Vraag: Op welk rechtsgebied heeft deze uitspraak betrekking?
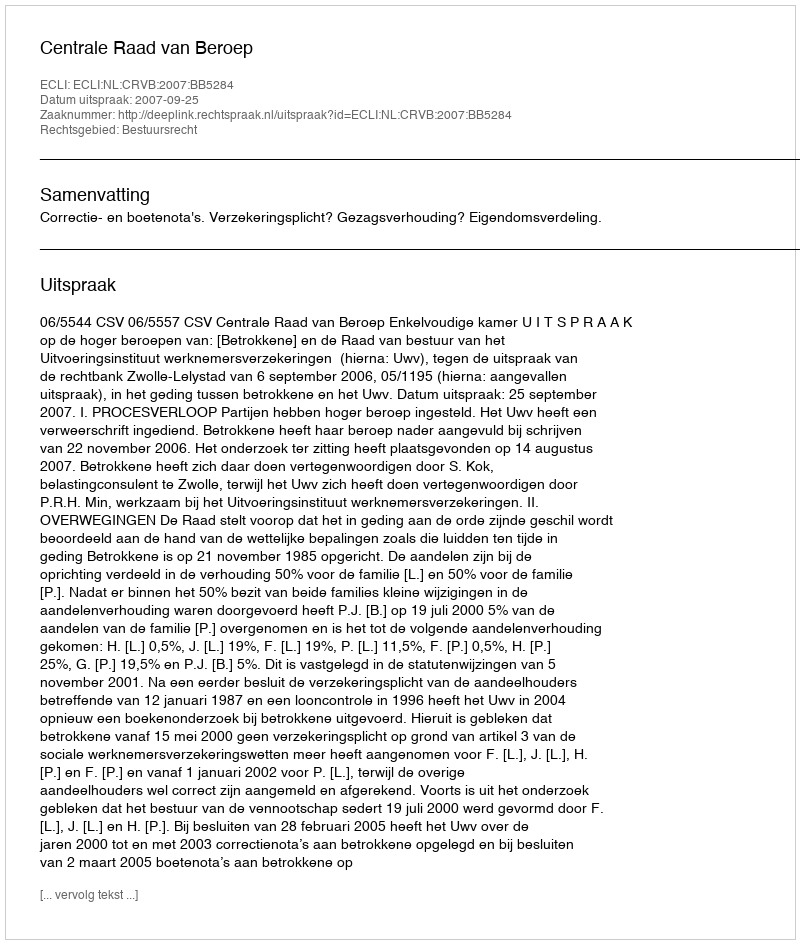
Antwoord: Bestuursrecht